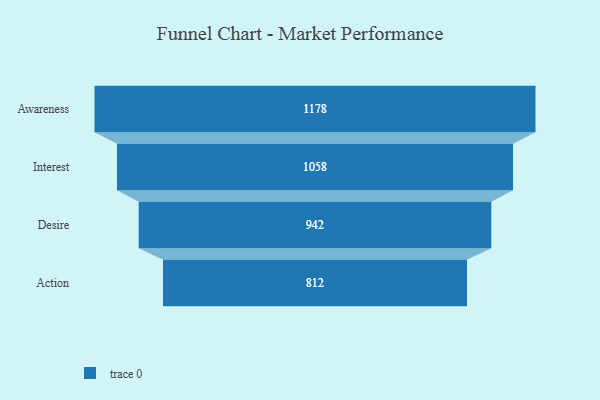
{"axis": {"x": "Stage", "y": "Value"}, "legend": [""], "data": [{"x": "Awareness", "y": 1178.0, "type": ""}, {"x": "Interest", "y": 1058.0, "type": ""}, {"x": "Desire", "y": 942.0, "type": ""}, {"x": "Action", "y": 812.0, "type": ""}]}